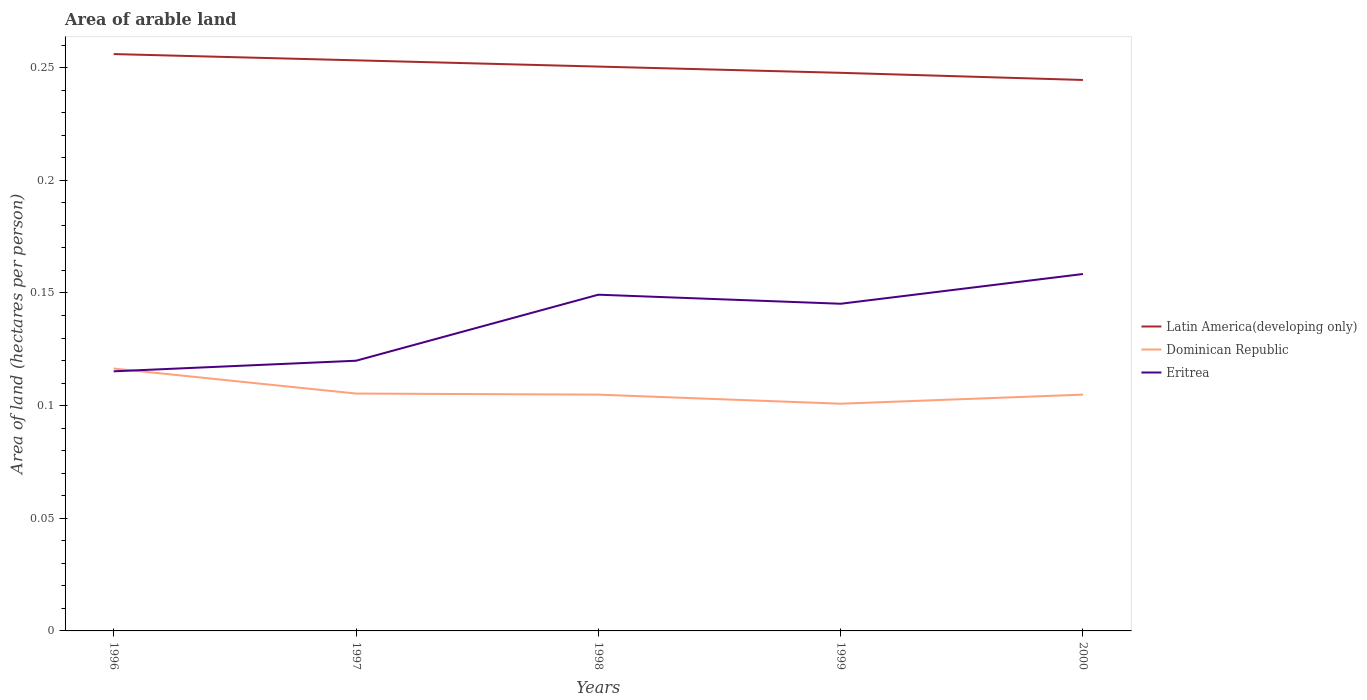
| Years | Latin America(developing only) | Dominican Republic | Eritrea |
 | --- | --- | --- | --- |
 | 1996 | 0.256 | 0.116 | 0.115 |
 | 1997 | 0.253 | 0.105 | 0.12 |
 | 1998 | 0.25 | 0.105 | 0.149 |
 | 1999 | 0.248 | 0.101 | 0.145 |
 | 2000 | 0.245 | 0.105 | 0.158 |